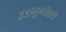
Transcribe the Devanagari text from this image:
दशगुणोत्तरी